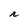
Character: r